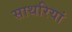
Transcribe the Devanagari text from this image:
साथरियां